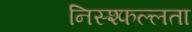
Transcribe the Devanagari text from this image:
निस्श्फल्लता